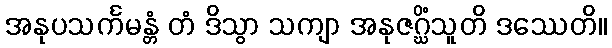
အနုပသင်္ကမန္တံ တံ ဒိသွာ သကျာ အနုဇဂ္ဃိံသူတိ ဒဿေတိ။